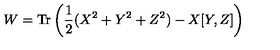
W = \mathrm { T r } \left( \frac { 1 } { 2 } ( X ^ { 2 } + Y ^ { 2 } + Z ^ { 2 } ) - X [ Y , Z ] \right)